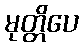
မုတ္တိပေ